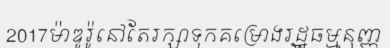
2017ម៉ាឌូរ៉ូនៅតែរក្សាទុកគម្រោងរដ្ឋធម្មនុញ្ញ